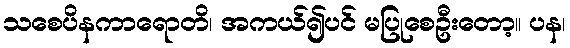
သစေပိနကာရောတိ၊ အကယ်၍ပင် မပြုစေဦးတော့။ ပန၊